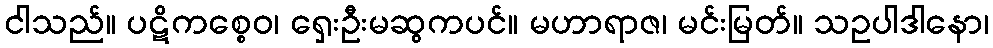
ငါသည်။ ပဋိကစ္စေဝ၊ ရှေးဦးမဆွကပင်။ မဟာရာဇ၊ မင်းမြတ်။ သဥပါဒါနော၊